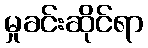
မှုခင်းဆိုင်ရာ